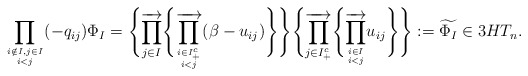
\begin{gather*}\prod_{i \notin I, j \in I \atop i < j}(-q_{ij}) \Phi_{I}=\Biggl\{\overrightarrow{\prod_{j \in I}} \Biggl\{ \overrightarrow{\prod_{i \in I_{+}^{c} \atop i < j}} (\beta-u_{ij}) \Biggr\} \Biggr\}\Biggl\{\overrightarrow{\prod_{j \in I_{+}^{c}}} \Biggl\{\overrightarrow{\prod_{i \in I \atop i < j}} u_{ij} \Biggr\} \Biggr\}:= \widetilde{\Phi_I} \in 3HT_n.\end{gather*}